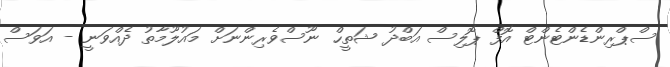
ސްޕްރިންޑެންޓެންޓް އޮފް ޕޮލިސް އަބްދު ޝަތީހް ނޫސްވެރިންނަށް މައުލޫމާތު ދެއްވަނީ - އަވަސް